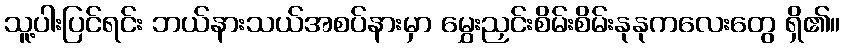
သူ့ပါးပြင်ရင်း ဘယ်နားသယ်အစပ်နားမှာ မွှေးညှင်းစိမ်းစိမ်းနုနုကလေးတွေ ရှိ၏။